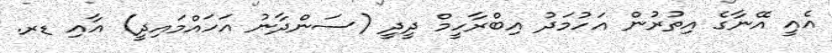
އެއީ އޭނާގެ އިތުުރުން އަހުމަދު އިބްރާހީމް ދީދީ (ސަންދާނު އަހައްމައިދީ) އާއި ޑރ.